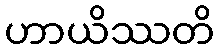
ဟာယိဿတိ